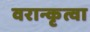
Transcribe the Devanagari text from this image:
वरान्कृत्वा